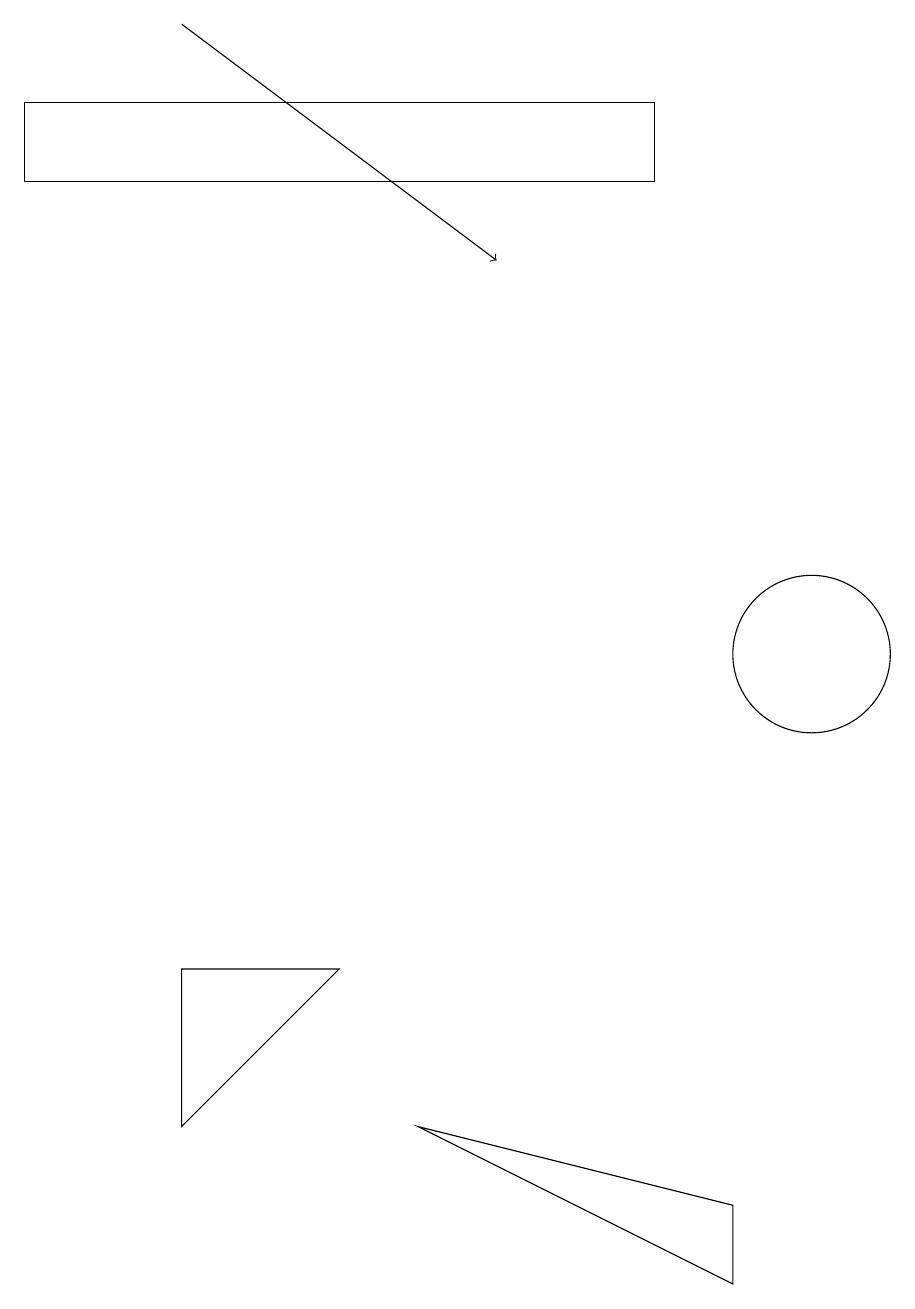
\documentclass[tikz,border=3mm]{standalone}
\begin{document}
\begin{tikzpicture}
\draw (9,4) -- (9,3) -- (5,5) -- cycle;
\draw (2,5) -- (4,7) -- (2,7) -- cycle;
\draw (0,17) rectangle (8,18);
\draw[->] (2,19) -- (6,16);
\draw (10,11) circle (1);
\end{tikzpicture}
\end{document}